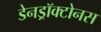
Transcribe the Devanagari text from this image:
डेनड्रॉक्टोनस